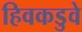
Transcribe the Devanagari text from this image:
हिवकडुवे